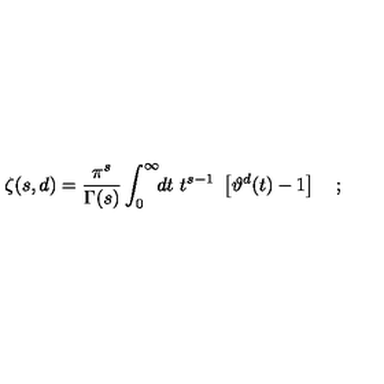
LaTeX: \zeta ( s , d ) = \frac { \pi ^ { s } } { \Gamma ( s ) } \int _ { 0 } ^ { \infty } \! \! d t \ t ^ { s - 1 } \ \left[ \vartheta ^ { d } ( t ) - 1 \right] \quad ;